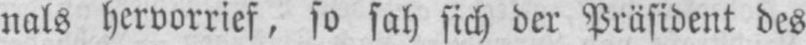
nals hervorrief, so sah sich der Präsident des